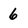
Character: 6